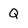
Character: Q